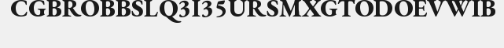
CGBROBBSLQ3I35URSMXGTODOEVWIB